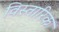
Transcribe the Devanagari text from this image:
विस्तारिक